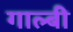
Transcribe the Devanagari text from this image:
गाल्बी